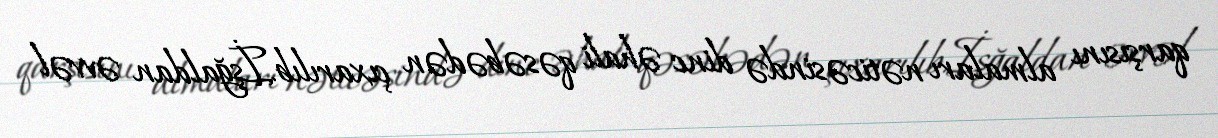
qarşısını almaları nəticəsində dinc əhali qəsəbədən çıxarılıb.İşğaldan əvvəl